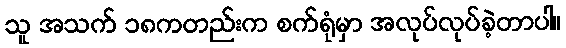
သူ အသက် ၁၈ကတည်းက စက်ရုံမှာ အလုပ်လုပ်ခဲ့တာပါ။